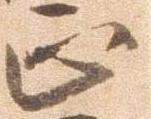
正